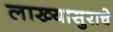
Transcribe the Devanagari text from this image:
लाख्यासुराचे